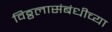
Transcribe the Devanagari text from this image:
विठ्ठलासंबंधीच्या